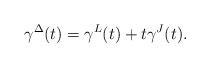
LaTeX: \begin{align*} \gamma^\Delta(t)=\gamma^{L}(t)+t\gamma^J(t).\end{align*}